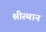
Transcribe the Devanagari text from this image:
श्रीस्थान